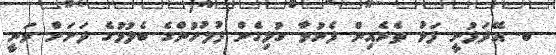
ބ. އޭދަފުށީ ފަޅު ތެރެއިން ފެނުމާ ގުޅިގެން ފުލުހުންގެ ބެލުމުގެ ދަށަށް ވަނީ